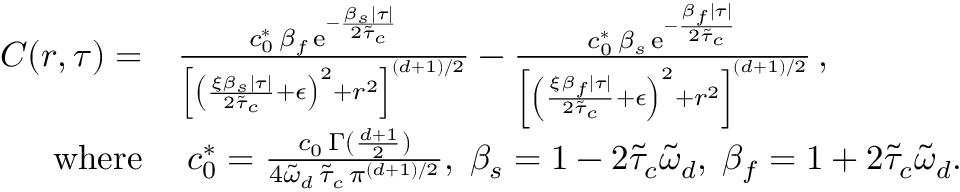
\begin{array} { r l } { C ( r , \tau ) = } & { \frac { c _ { 0 } ^ { \ast } \, \beta _ { f } \, \mathrm { e } ^ { - \frac { \beta _ { s } \lvert \tau \rvert } { 2 \tilde { \tau } _ { c } } } } { \left[ \left( \frac { \xi \beta _ { s } \lvert \tau \rvert } { 2 \tilde { \tau } _ { c } } + \epsilon \right) ^ { 2 } + r ^ { 2 } \right] ^ { ( d + 1 ) / 2 } } - \frac { c _ { 0 } ^ { \ast } \, \beta _ { s } \, \mathrm { e } ^ { - \frac { \beta _ { f } \lvert \tau \rvert } { 2 \tilde { \tau } _ { c } } } } { \left[ \left( \frac { \xi \beta _ { f } \lvert \tau \rvert } { 2 \tilde { \tau } _ { c } } + \epsilon \right) ^ { 2 } + r ^ { 2 } \right] ^ { ( d + 1 ) / 2 } } \, , } \\ { \mathrm { w h e r e } } & { \; c _ { 0 } ^ { \ast } = \frac { c _ { 0 } \, \Gamma ( \frac { d + 1 } { 2 } ) } { 4 \tilde { \omega } _ { d } \, \tilde { \tau } _ { c } \, \pi ^ { ( d + 1 ) / 2 } } , \; \beta _ { s } = 1 - 2 \tilde { \tau } _ { c } \tilde { \omega } _ { d } , \; \beta _ { f } = 1 + 2 \tilde { \tau } _ { c } \tilde { \omega } _ { d } . } \end{array}